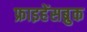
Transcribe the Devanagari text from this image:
फ्राइहेंसब्रुक